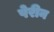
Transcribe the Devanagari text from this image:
पेरीन